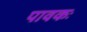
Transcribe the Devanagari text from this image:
पावकः